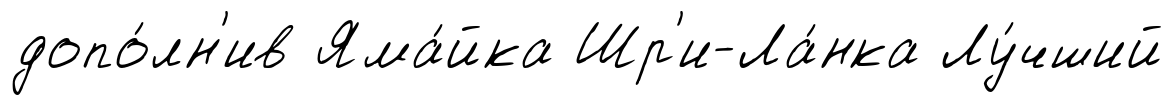
допо́лн'ив Яма́йка Шр'и-Ла́нка Лу́чший